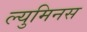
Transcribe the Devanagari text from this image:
ल्युमिनस